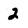
Character: 2